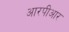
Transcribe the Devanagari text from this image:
आरपीआर